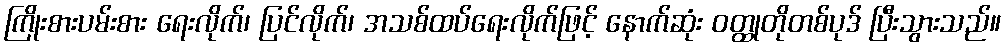
ကြိုးစားပမ်းစား ရေးလိုက်၊ ပြင်လိုက်၊ အသစ်ထပ်ရေးလိုက်ဖြင့် နောက်ဆုံး ဝတ္ထုတိုတစ်ပုဒ် ပြီးသွားသည်။